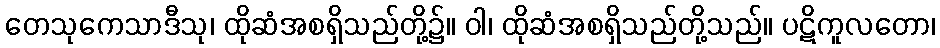
တေသုကေသာဒီသု၊ ထိုဆံအစရှိသည်တို့၌။ ဝါ၊ ထိုဆံအစရှိသည်တို့သည်။ ပဋိကူလတော၊